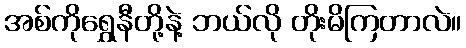
အစ်ကိုရွှေနီတို့နဲ့ ဘယ်လို တိုးမိကြတာလဲ။